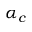
\alpha _ { c }